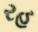
રહ